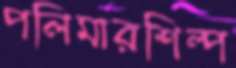
পলিমারশিল্প